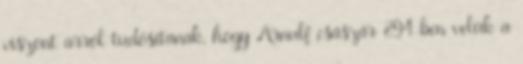
viszont arról tudósítanak, hogy Arnulf császár 894-ben velük a